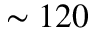
\sim 1 2 0